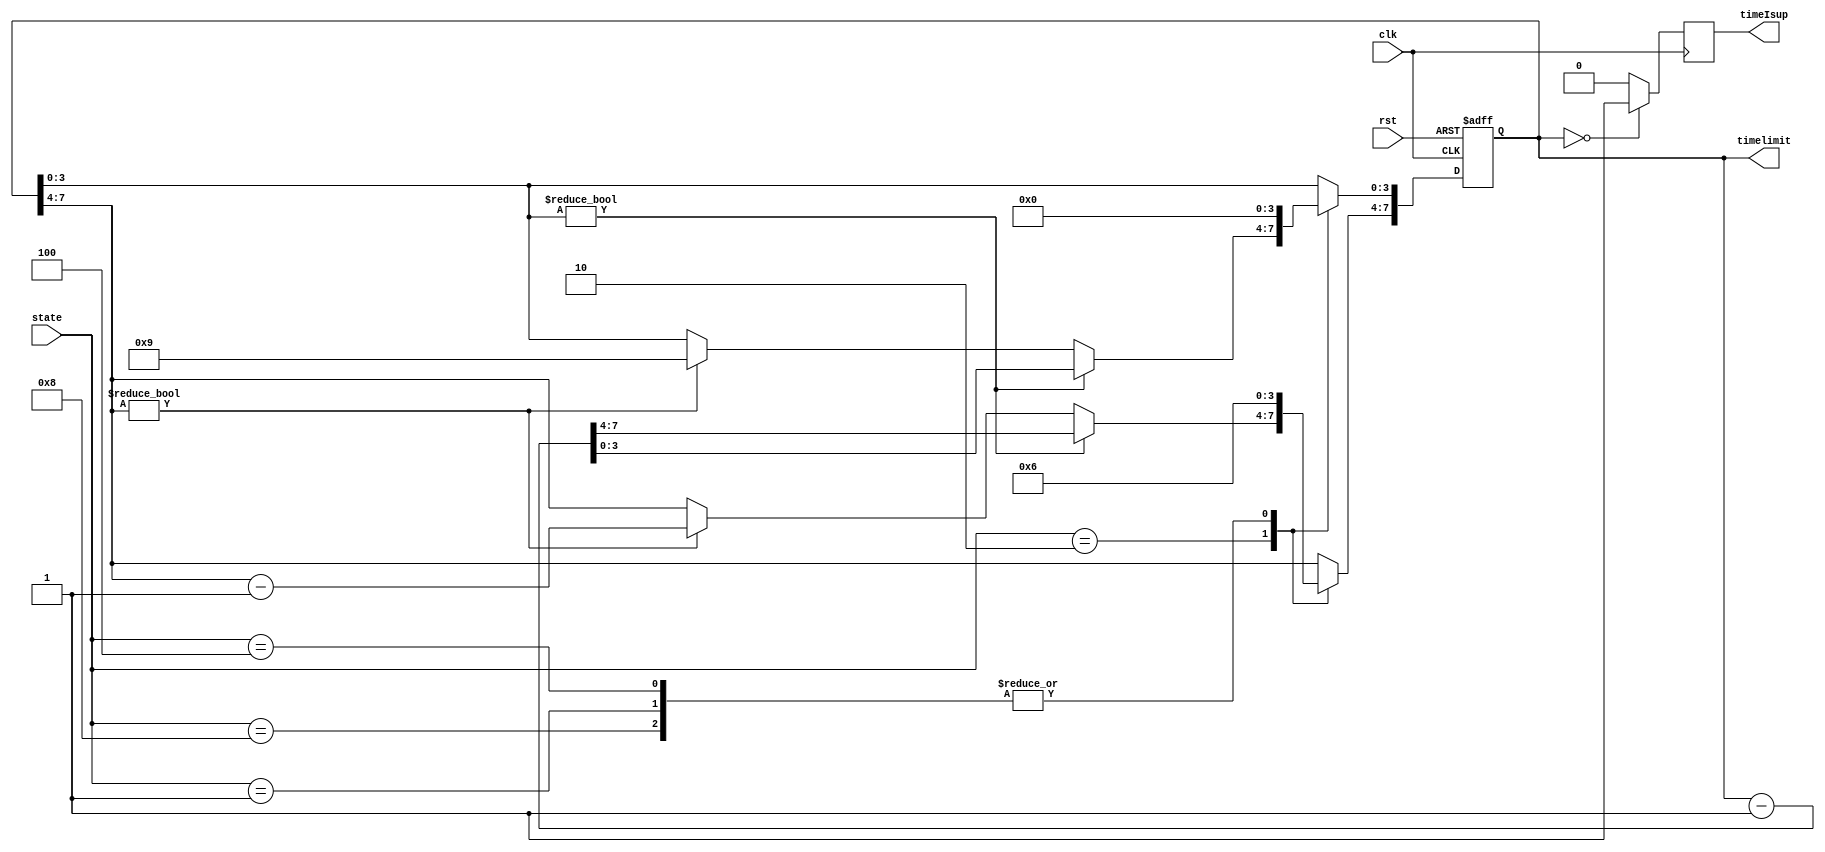
module counter (
    clk,
    state,
    rst,
    timelimit,
    timeIsup
);

  input clk, rst;
  input [3:0] state;
  output reg [7:0] timelimit;
  output reg timeIsup;

  // 
  parameter beforeGame = 4'b0001, inGame = 4'b0010, GameLost = 4'b0100, GameWin = 4'b1000;
  // 
  parameter keepCurrent = 4'b0001, game_win = 4'b0010, start_press = 4'b0100, game_lost = 4'b1000;
  // 
  parameter Level = 2'b10, Dead = 2'b01;
  // hit
  parameter Success = 2'b10, noneSense = 2'b11, hitLost = 2'b01;

  parameter Aminute = 8'b0110_0000;


  always @(posedge clk or negedge rst) begin
    if (!rst) begin
      timelimit <= Aminute;
    end else begin
      case (state)
        inGame: begin
          if (timelimit[3:0] != 4'b0000) timelimit <= timelimit - 1;
          else if (timelimit[7:4] != 4'b0000) begin
            timelimit[7:4] <= timelimit[7:4] - 1;
            timelimit[3:0] <= 4'b1001;
          end
        end
        GameWin: begin
          timelimit <= Aminute;
        end
        beforeGame: begin
          timelimit <= Aminute;
        end
        GameLost: begin
          timelimit <= Aminute;
        end
      endcase
    end
  end

  always @(posedge clk) begin
    if (timelimit == 0) timeIsup <= 1'b1;
    else timeIsup <= 1'b0;
  end

endmodule